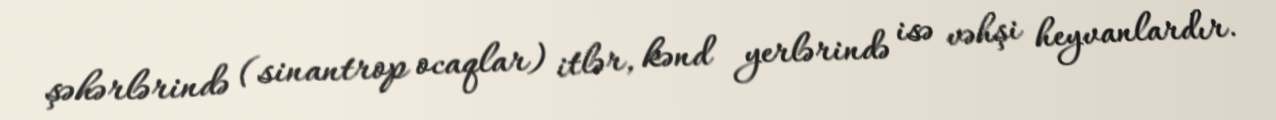
şəhərlərində (sinantrop ocaqlar) itlər, kənd yerlərində isə vəhşi heyvanlardır.